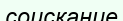
соискание